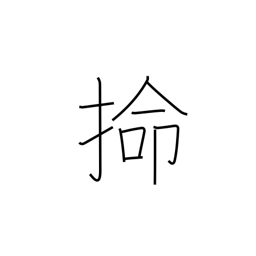
Meaning: alluvial terraced land